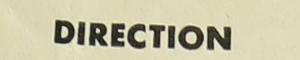
Direction